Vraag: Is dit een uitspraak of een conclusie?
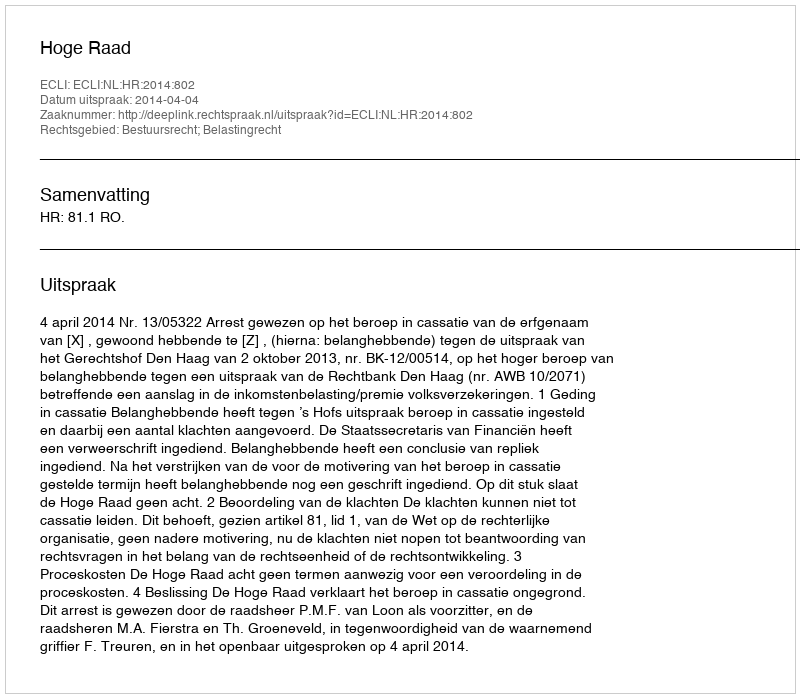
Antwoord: Uitspraak